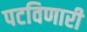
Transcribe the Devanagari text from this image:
पटविणारी